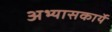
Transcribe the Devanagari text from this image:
अभ्यासकार्ये